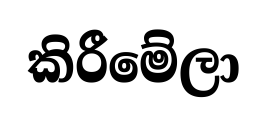
කිරීමේලා